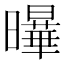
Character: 𭨋